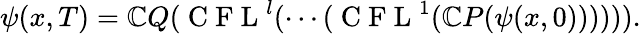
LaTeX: \psi(x,T)=\mathbb{C}Q(\mathrm{~C~F~L~}^{l}(\cdots(\mathrm{~C~F~L~}^{1}(\mathbb{C}P(\psi(x,0)))))).